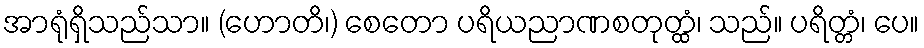
အာရုံရှိသည်သာ။ (ဟောတိ၊) စေတော ပရိယညာဏစတုတ္ထံ၊ သည်။ ပရိတ္တံ၊ ပေ။